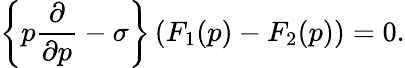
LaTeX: \left\{ p\frac{\partial}{\partial p}-\sigma\right\} \left(F_{1}(p)-F_{2}(p)\right)=0.